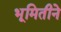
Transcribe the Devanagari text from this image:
भूमितीने